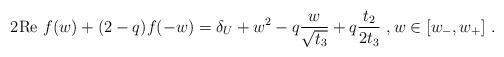
LaTeX: \begin{align*}2\mathrm{Re}\ f(w)+(2-q)f(-w)=\delta_U+w^2-q\frac{w}{\sqrt{t_3}}+q\frac{t_2}{2t_3}\ , w\in[w_-,w_+]\ .\end{align*}